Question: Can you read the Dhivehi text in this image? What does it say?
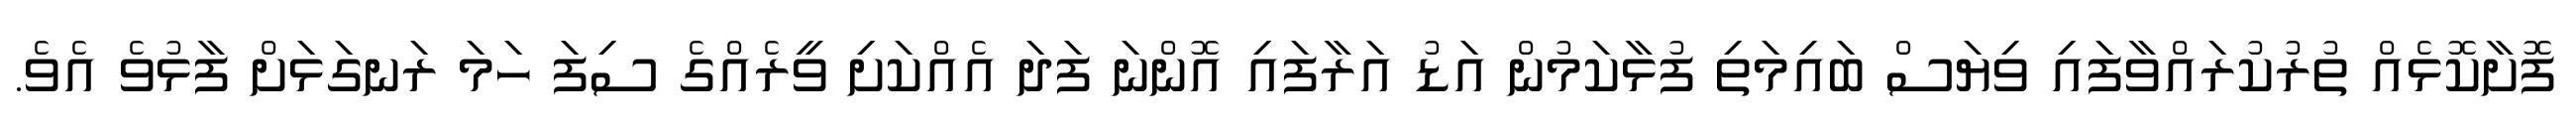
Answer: ފޮށާކޮޅެއް ތުރުކުރައްވާފައި ވިޔަސް ބައިމަތި ފުޅާކަމުން އަޑު އަރާފައި އޮންނަ ފަދަ އެއްކަށި ވީރެއްގެ ސިފަ ހަމަ ރަނގަޅަށް ފާޅުވެ އެވެ.